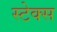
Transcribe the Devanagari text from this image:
स्टेक्स